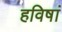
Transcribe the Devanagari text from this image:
हविषां